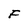
Character: F